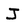
Character: J